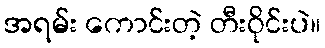
အရမ်း ကောင်းတဲ့ တီးဝိုင်းပဲ။